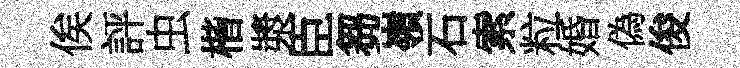
俟評虫楷漿臣芻嶺石索粒婚偽俊